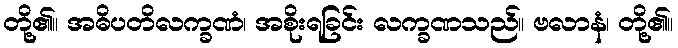
တို့၏။ အဓိပတိလက္ခဏံ၊ အစိုးရခြင်း လက္ခဏသည်။ ဗလာနံ၊ တို့၏။